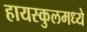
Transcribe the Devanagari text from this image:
हायस्कुलमध्ये